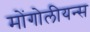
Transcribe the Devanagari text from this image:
मोंगोलीयन्स